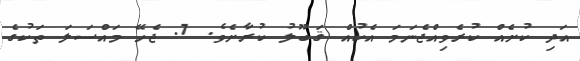
އަދި ކުށެއް ކުރެވިއްޖެނަމަ އެކުއް ޤަބޫލު ކުރާށެވެ. 7. ޖެހޭ މައްސަލަ ތަކުގެ